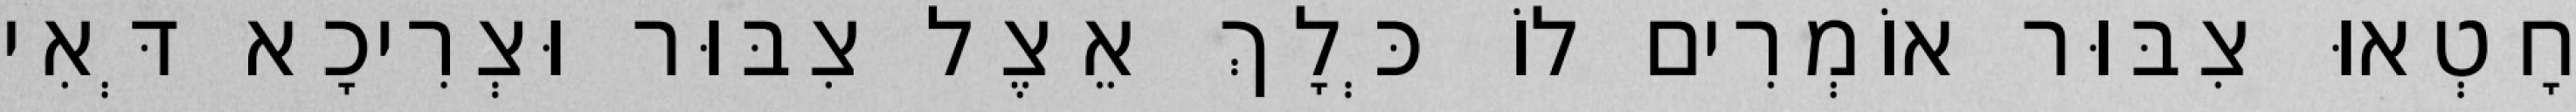
חָטְאוּ צִבּוּר אוֹמְרִים לוֹ כְּלָךְ אֵצֶל צִבּוּר וּצְרִיכָא דְּאִי